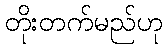
တိုးတက်မည်ဟု